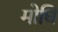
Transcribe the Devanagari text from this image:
मोधि